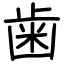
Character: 歯